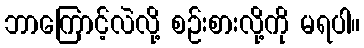
ဘာကြောင့်လဲလို့ စဉ်းစားလို့ကို မရပါ။